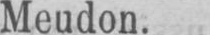
Meudon.